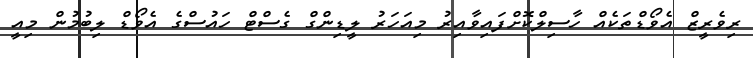
ރިވެރީޒް އެވޯޑްތަކެއް ހާސިލްކޮށްފައިވާއިރު މިއަހަރު ލީޑިންގް ގެސްޓް ހައުސްގެ އެވޯޑް ލިބުމުން މިއީ